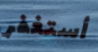
أستغفر